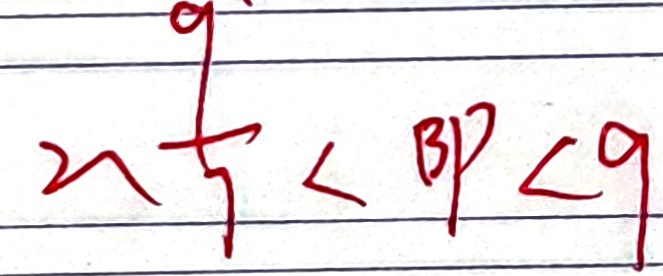
2 、 \frac { 9 } { 7 } < B P < 9